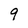
Character: 9